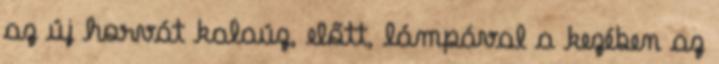
az új horvát kalaúz, előtt, lámpával a kezében az